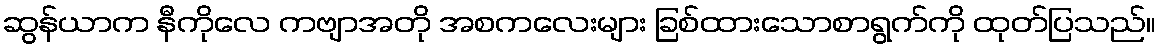
ဆွန်ယာက နီကိုလေ ကဗျာအတို အစကလေးများ ခြစ်ထားသောစာရွက်ကို ထုတ်ပြသည်။